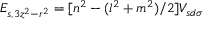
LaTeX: E _ { s , 3 z ^ { 2 } - r ^ { 2 } } = [ n ^ { 2 } - ( l ^ { 2 } + m ^ { 2 } ) / 2 ] V _ { s d \sigma }